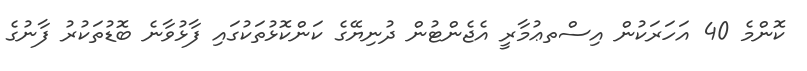
ކޮންމެ 40 އަހަރަކުން އިސްތޢުމާރީ އެޖެންޓުން ދުނިޔޭގެ ކަންކޮޅުތަކުގައި ފާޅުވާނެ ބޮޑުތަކުރު ފާނުގެ